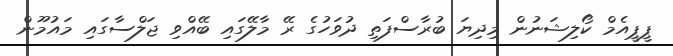
ޕީޕީއެމް ކޯލިޝަނުން މިދިޔަ ބުރާސްފަތި ދުވަހުގެ ރޭ މާލޭގައި ބޭއްވި ޖަލްސާގައި މައުމޫން